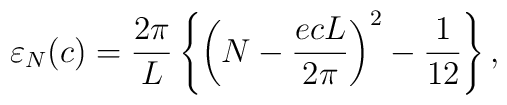
{\varepsilon}_N(c)=\frac{2 \pi}{L}\left\{\left( N- \frac{ecL}{2 \pi} \right)^2-\frac{1}{12}\right\},